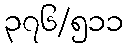
၃၇၆/၅၁၁